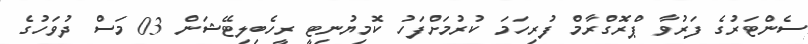
ސެންޓަރުގެ ފަރުވާ ޕްރޮގްރާމް ފުރިހަމަ ކުރުމަށްފަހު ކޮމިޔުނިޓީ ރީހެބިލިޓޭޝަން 03 މަސް ދުވަހުގެ